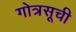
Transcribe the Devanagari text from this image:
गोत्रसूची